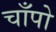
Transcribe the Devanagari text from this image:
चाँपो